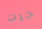
جرت